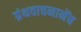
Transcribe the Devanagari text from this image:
ग्रंथवाचनानेंच